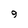
Character: 9